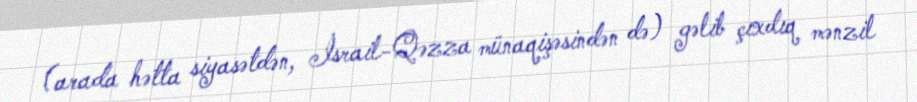
(arada hətta siyasətdən, İsrail-Qəzza münaqişəsindən də) gəlib çıxdıq mənzil